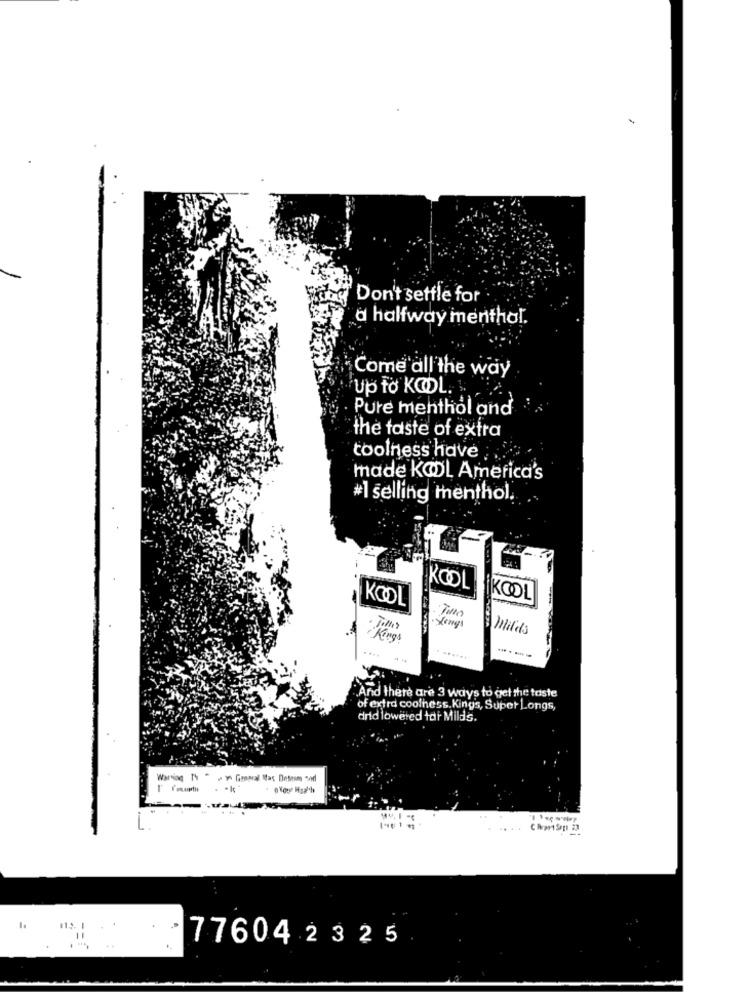
Don't setfle for
a halfway menthal.
Come all the way
Up to KODL. .
Pure menthol and
the taste of extra
toolness have
made KOOL America's
#1 selling menthol.
KOOL
KOOL
KOOL
Jempl
Kings
And there are 3 ways to get the taste
of extra coolness. Kings, Supet Longs,
drid lowered tar Milds.
776042325